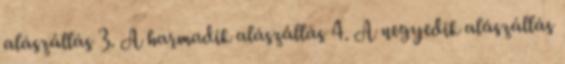
alászállás 3. A harmadik alászállás 4. A negyedik alászállás